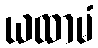
ယထာမံ